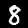
Label: 8